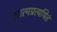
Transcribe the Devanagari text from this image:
आत्मप्रत्ययितं